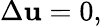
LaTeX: \Delta\mathbf{u}=0,